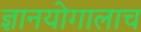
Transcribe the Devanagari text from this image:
ज्ञानयोगालाच